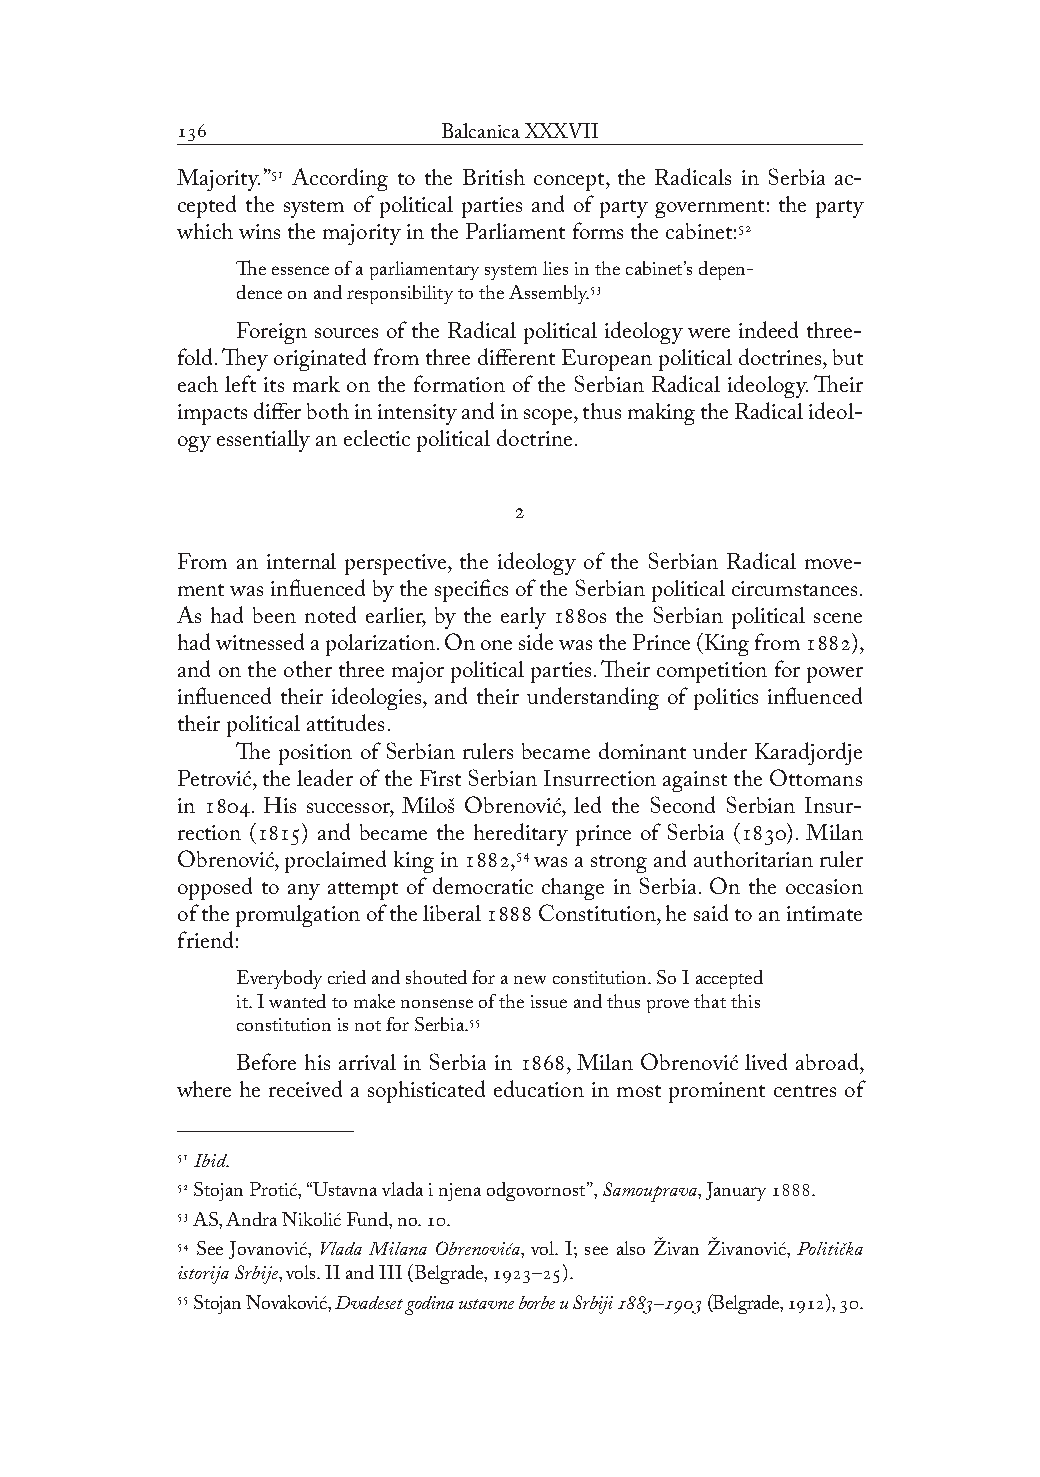
              Balcanica XXXVII
 Majority.” According to the British concept, the Radicals in Serbia ac-
 cepted the system of political parties and of party government: the party
 which wins the majority in the Parliament forms the cabinet:
 The essence of a parliamentary system lies in the cabinet’s depen-
 dence on and responsibility to the Assembly.
 Foreign sources of the Radical political ideology were indeed three-
 fold. They originated from three different European political doctrines, but
 each left its mark on the formation of the Serbian Radical ideology. Their
 impacts differ both in intensity and in scope, thus making the Radical ideol-
 ogy essentially an eclectic political doctrine.
 
 From an internal perspective, the ideology of the Serbian Radical move-
 ment was influenced by the specifics of the Serbian political circumstances.
 As had been noted earlier, by the early s the Serbian political scene
 had witnessed a polarization. On one side was the Prince (King from ),
 and on the other three major political parties. Their competition for power
 influenced their ideologies, and their understanding of politics influenced
 their political attitudes.
 The position of Serbian rulers became dominant under Karadjordje
 Petrović, the leader of the First Serbian Insurrection against the Ottomans
 in . His successor, Miloš Obrenović, led the Second Serbian Insur-
 rection () and became the hereditary prince of Serbia (). Milan
 Obrenović, proclaimed king in , was a strong and authoritarian ruler
 opposed to any attempt of democratic change in Serbia. On the occasion
 of the promulgation of the liberal  Constitution, he said to an intimate
 friend:
 Everybody cried and shouted for a new constitution. So I accepted
 it. I wanted to make nonsense of the issue and thus prove that this
 constitution is not for Serbia.
 Before his arrival in Serbia in , Milan Obrenović lived abroad,
 where he received a sophisticated education in most prominent centres of
  Ibid.
  Stojan Protić, “Ustavna vlada i njena odgovornost”, Samouprava, January .
  AS, Andra Nikolić Fund, no. .
  See Jovanović, Vlada Milana Obrenovića, vol. I; see also Živan Živanović, Politička
 istorija Srbije, vols. II and III (Belgrade, –).
  Stojan Novaković, Dvadeset godina ustavne borbe u Srbiji – (Belgrade, ), .